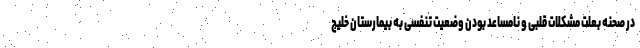
در صحنه بعلت مشکلات قلبی و نامساعد بودن وضعیت تنفسی به بیمارستان خلیج